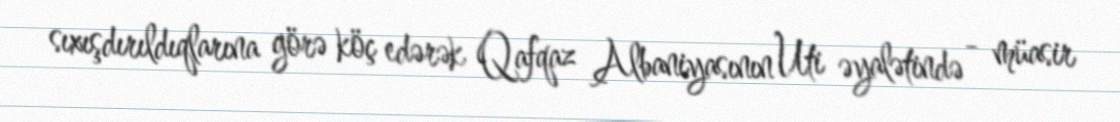
sıxışdırıldıqlarına görə köç edərək Qafqaz Albaniyasının Uti əyalətində - müasir